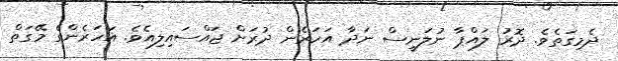
ދެމިގަތެވެ. ދޮރު ލައްޕާ ނުލަނީސް ނަދާ އަހަރެން ދުރަށް ޖައްސައިލިއެވެ. އަހަރެންގެ މޭގަތް